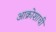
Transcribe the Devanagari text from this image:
आक्रोशाची